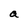
Character: a